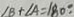
\angle B + \angle A = 1 8 0 ^ { \circ } .